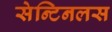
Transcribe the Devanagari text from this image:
सेन्टिनलस